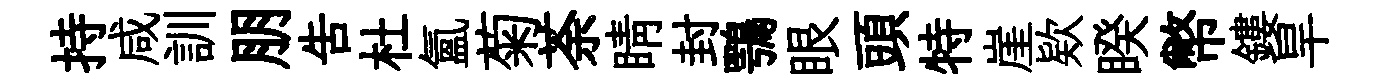
持咸訓朋吿杜氲菊荼睛封鶚眼頭特崖欵睽幣鏤旱